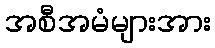
အစီအမံများအား